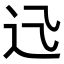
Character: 𨑐